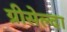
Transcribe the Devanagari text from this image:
ग्रीसेल्दा